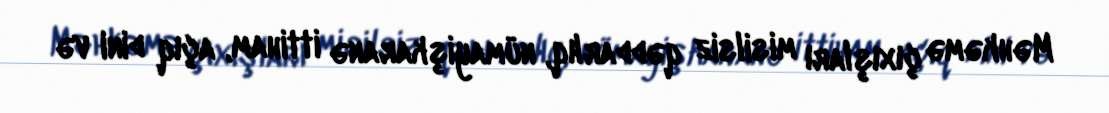
Məhkəmə çıxışları misilsiz qəddarlıq, nümayişkaranə ittiham, açıq dini və